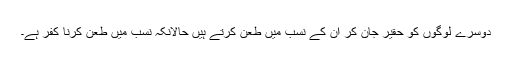
دوسرے لوگوں کو حقیر جان کر ان کے نسب میں طعن کرتے ہیں حالانکہ نسب میں طعن کرنا کفر ہے۔